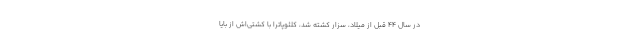
در سال 44 قبل از میلاد، سزار کشته شد، کلئوپاترا با کشتی‌‌اش از بایا